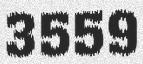
3559